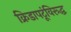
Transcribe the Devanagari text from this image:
क्रिडापटूंविरूद्ध